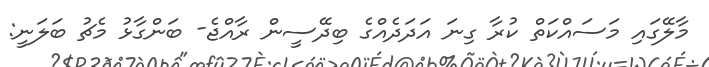
މާލޭގައި މަސައްކަތް ކުރާ ގިނަ އަދަދެއްގެ ބިދޭސީން ރާއްޖެ- ބަންގާޅު މެޗު ބަލަނީ: